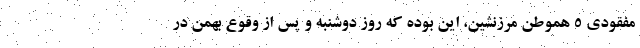
مفقودي 5 هموطن مرزنشين، اين بوده كه روز دوشنبه و پس از وقوع بهمن در